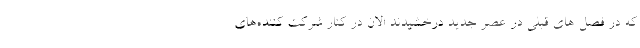
که در فصل های قبلی در عصر جدید درخشیدند الان در کنار شرکت کننده‌های